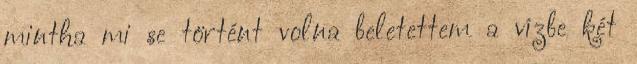
mintha mi se történt volna beletettem a vízbe két